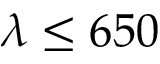
\lambda \le 6 5 0